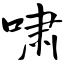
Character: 啸